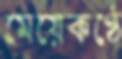
মেয়েকণ্ঠে